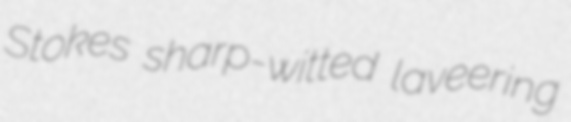
Stokes sharp-witted laveering